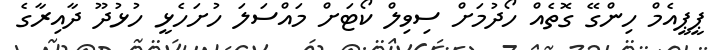
ޕީޕީއެމް ހިންގޭ ގޮތެއް ހޯދުމަށް ސިވިލް ކޯޓަށް މައްސަލަ ހުށަހެޅީ ހުޅުދޫ ދާއިރާގެ